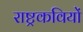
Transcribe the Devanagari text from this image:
राष्ट्रकवियों